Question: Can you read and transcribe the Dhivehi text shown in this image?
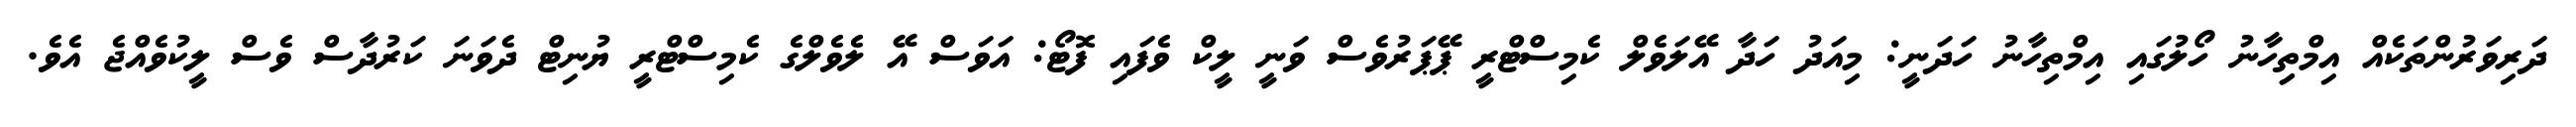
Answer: ދަރިވަރުންތަކެއް އިމްތިިހާނު ހޯލުގައި އިމްތިހާނު ހަދަނީ: މިއަދު ހަދާ އޭލަވެލް ކެމިސްޓްރީ ޕޭޕަރުވެސް ވަނީ ލީކް ވެފައި ފޮޓޯ: އަވަސް އޭ ލެވެލްގެ ކެމިސްޓްރީ ޔުނިޓް ދެވަނަ ކަރުދާސް ވެސް ލީކުވެއްޖެ އެވެ.